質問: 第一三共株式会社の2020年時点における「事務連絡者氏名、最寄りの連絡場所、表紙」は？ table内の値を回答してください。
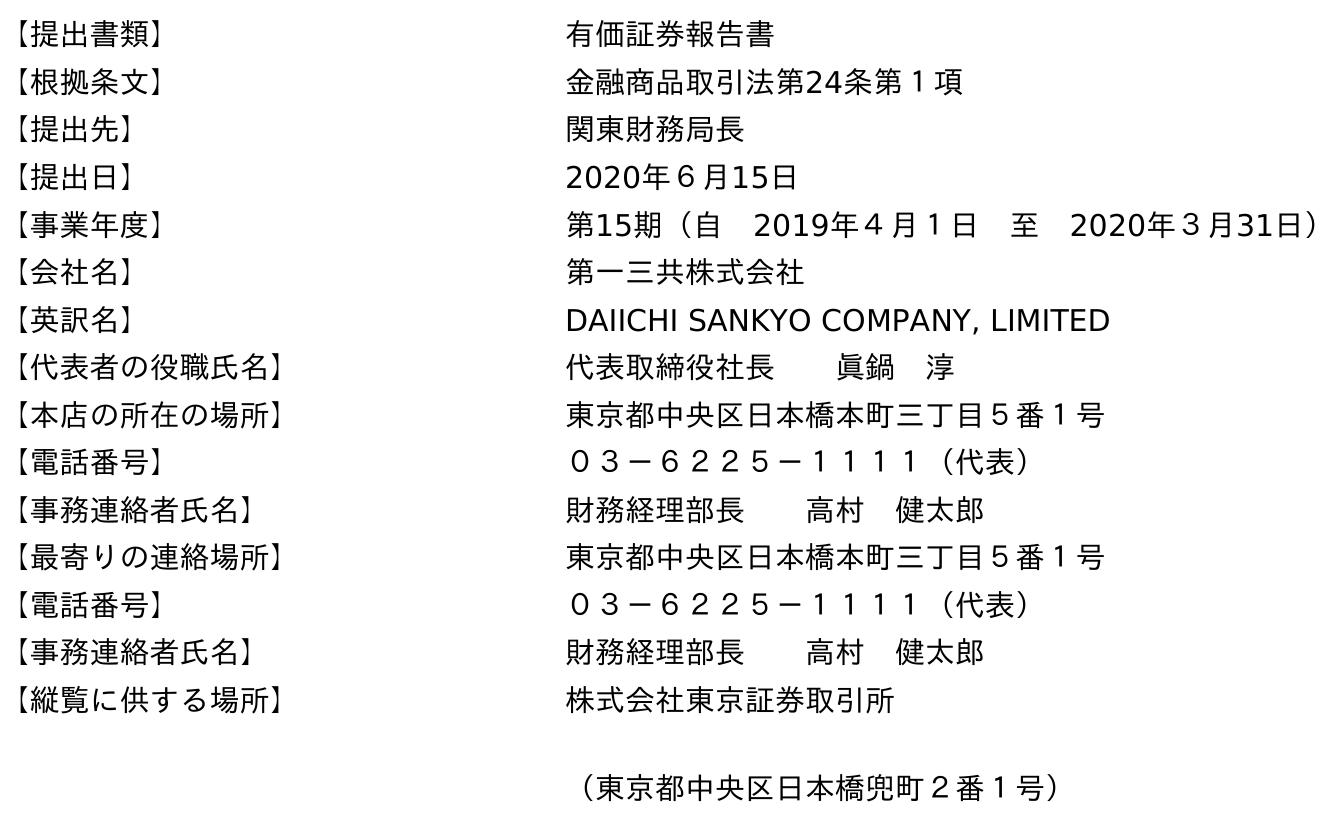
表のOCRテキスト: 【提出書類】 有価証券報告書 【根拠条文】 金融商品取引法第24条第１項 【提出先】 関東財務局長 【提出日】 2020年６月15日 【事業年度】 第15期（自 2019年４月１日 至 2020年３月31日） 【会社名】 第一三共株式会社 【英訳名】 DAIICHI SANKYO COMPANY, LIMITED 【代表者の役職氏名】 代表取締役社長  眞鍋 淳 【本店の所在の場所】 東京都中央区日本橋本町三丁目５番１号 【電話番号】 ０３－６２２５－１１１１（代表） 【事務連絡者氏名】 財務経理部長  高村 健太郎 【最寄りの連絡場所】 東京都中央区日本橋本町三丁目５番１号 【電話番号】 ０３－６２２５－１１１１（代表） 【事務連絡者氏名】 財務経理部長  高村 健太郎 【縦覧に供する場所】 株式会社東京証券取引所 （東京都中央区日本橋兜町２番１号）
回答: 財務経理部長高村　健太郎